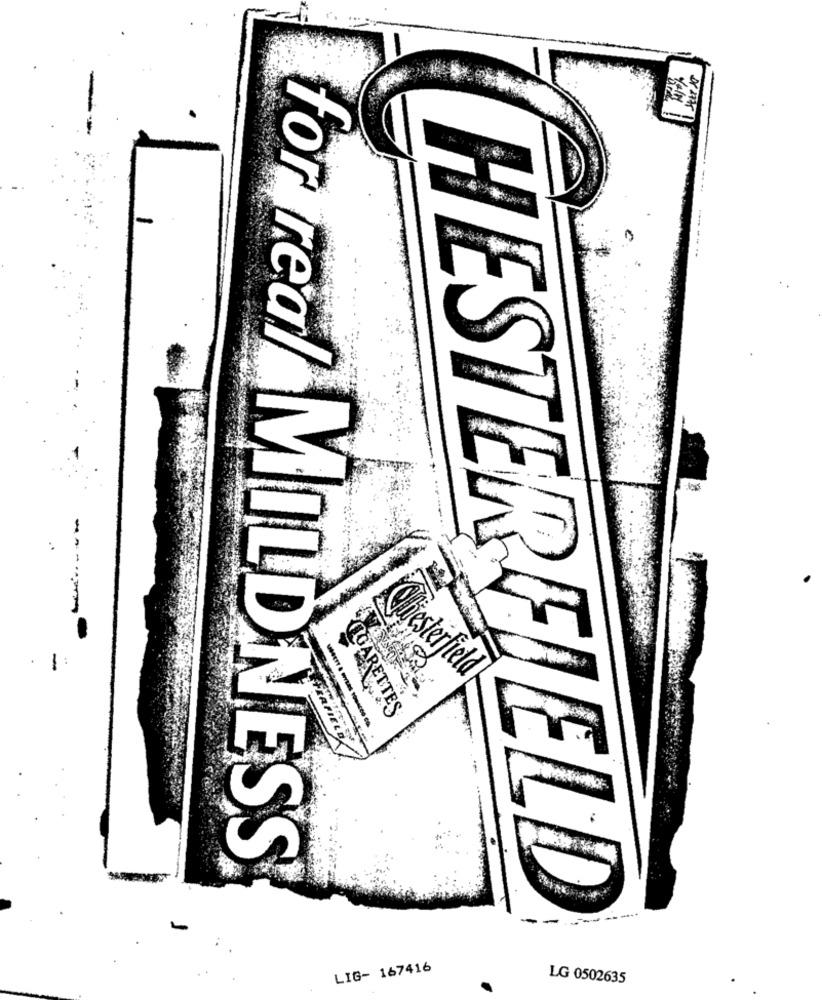
--
:
Chesterfield
LOARETTES
-----
PERFIELD
for real MILDNESS
HESTERFIELD
LIG- 167416
LG 0502635